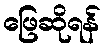
ဖြေဆိုရန်